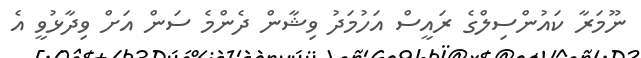
ނޫމަރާ ކައުންސިލްގެ ރައީސް އަހުމަދު ވިޝާން ދެންމެ ސަން އަށް ވިދާޅުވީ އެ